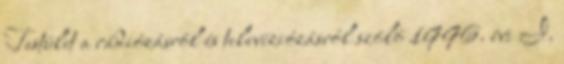
Testület a rádiózásról és televíziózásról szóló 1996. évi I.